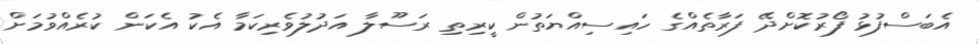
އެބަސްފުޅު ފޯރުކޮށްދޭ ފަރާތެއްގެ ހައިސިއްޔަތުން ކީރިތި ރަސޫލާ އަދުލުވެރިކަމާ އެކު އެކަން ކުރެއްވުމަށް